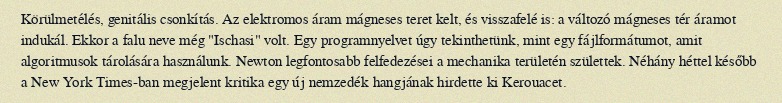
Körülmetélés, genitális csonkítás. Az elektromos áram mágneses teret kelt, és visszafelé is: a változó mágneses tér áramot indukál. Ekkor a falu neve még "Ischasi" volt. Egy programnyelvet úgy tekinthetünk, mint egy fájlformátumot, amit algoritmusok tárolására használunk. Newton legfontosabb felfedezései a mechanika területén születtek. Néhány héttel később a New York Times-ban megjelent kritika egy új nemzedék hangjának hirdette ki Kerouacet.